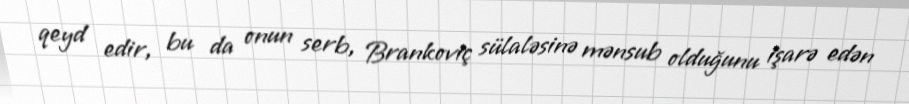
qeyd edir, bu da onun serb, Brankoviç sülaləsinə mənsub olduğunu işarə edən